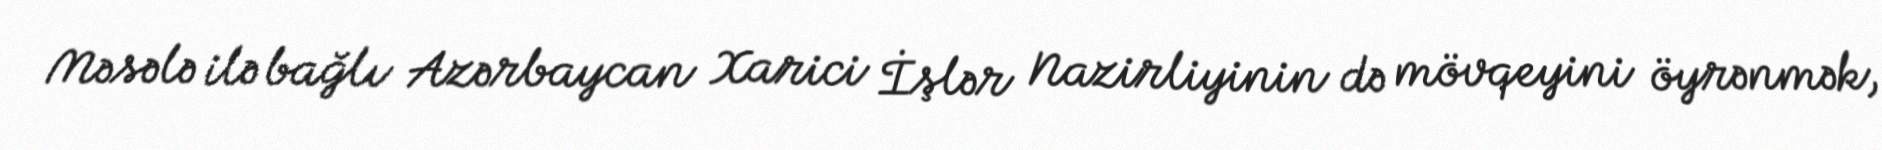
Məsələ ilə bağlı Azərbaycan Xarici İşlər Nazirliyinin də mövqeyini öyrənmək,